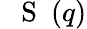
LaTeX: \mathrm{~{~\mathbf~S~}~}(q)